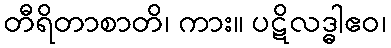
တီရိတာစာတိ၊ ကား။ ပဋိလဒ္ဓါဧဝ၊